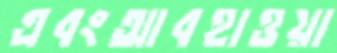
এবংআবহাওয়া